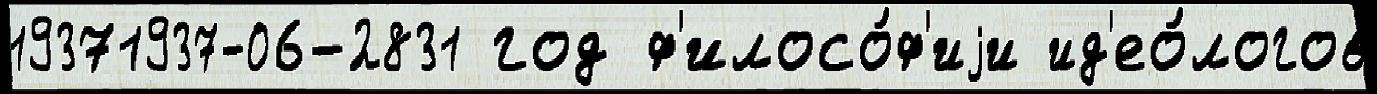
19371937-06-2831 год ф'илосо́ф'иjи ид'ео́логов